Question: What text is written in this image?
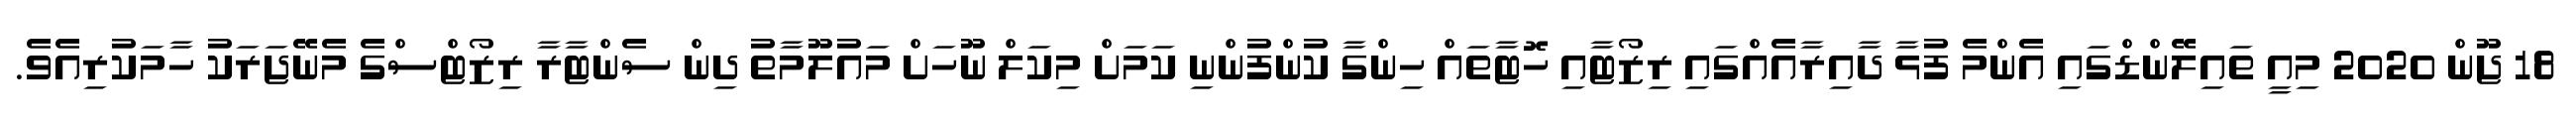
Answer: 18 ޖޫން 2020 މިއީ ތައިލޭންޑްގައި އެންމެ ފުޅާ ދާއިރާއެއްގައި ރިޒޯޓާއި ހޮޓާތައް ހިންގާ ކުންފުންނި ކަމަށް މިކަލް ނޫހަށް މައުލޫމާތު ދިން ސެންޓާރާ ރިޒޯޓްސްގެ މެނޭޖަރަކު ހާމަކުރިއެވެ.